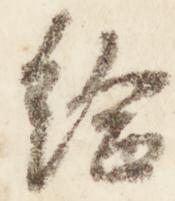
給